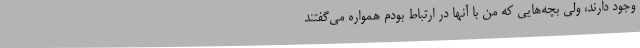
وجود دارند، ولی بچه‌هایی که من با آنها در ارتباط بودم همواره می‌گفتند